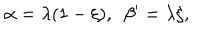
\alpha = \lambda ( 1 - \xi ) , \, \, \, \beta ^ { \prime } = \lambda \xi ,